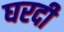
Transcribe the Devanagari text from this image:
घरदी